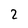
Character: 2